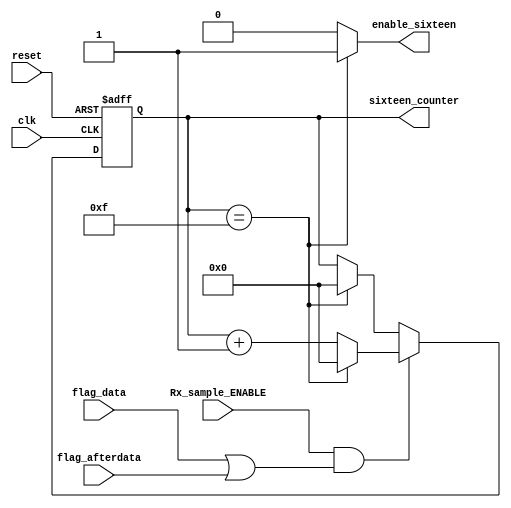
//Module for counting 16 sample_enables in order to sample the middle of the data
//Author Tselepi Eleni

module sixteen_counter(clk,reset,Rx_sample_ENABLE,flag_data,flag_afterdata,enable_sixteen,sixteen_counter);

input clk,reset,Rx_sample_ENABLE,flag_data,flag_afterdata;
output reg enable_sixteen; // the signal from the 16counter

output reg [3:0] sixteen_counter; //4bit counter used for counting until 16 from Data until the middle of the other Data 

//this is the counter that counts 16 times
always@(posedge clk or posedge reset)
begin
  if(reset)
  begin
    sixteen_counter<=0;
  end
  else if (Rx_sample_ENABLE && (flag_data||flag_afterdata))   //counting only when we are at the state data or the states after data  
  begin
    sixteen_counter<=(sixteen_counter=='d15)? 0:sixteen_counter+1;
  end
  else
  begin
   sixteen_counter<=(sixteen_counter=='d15)? 0:sixteen_counter;
  end
   
end

//when counter reaches 15 enable_twentyfour siganl is 1
always@(sixteen_counter)
begin
  if(sixteen_counter=='d15) 
    enable_sixteen=1'b1;
  else
    enable_sixteen=1'b0;
end

endmodule